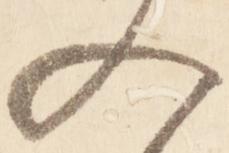
入